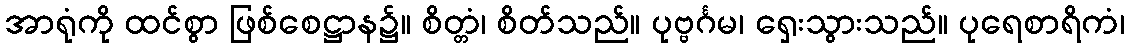
အာရုံကို ထင်စွာ ဖြစ်စေဋ္ဌာန၌။ စိတ္တံ၊ စိတ်သည်။ ပုဗ္ဗင်္ဂမ၊ ရှေးသွားသည်။ ပုရေစာရိကံ၊